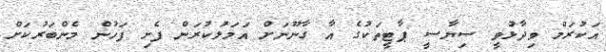
އަކުރަމް ވިދާޅުވީ ސިޔާސީ ޕާޓީތަކުގެ އާ ގާނޫނަށް އަމަލުކުރަން ފެށި ފަހުން މެންބަރުކަށް